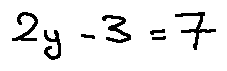
2 y - 3 = 7